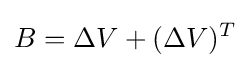
B=\Delta V+(\Delta V)^{T}